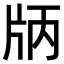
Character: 𤖶